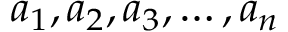
a _ { 1 } , a _ { 2 } , a _ { 3 } , \ldots , a _ { n }